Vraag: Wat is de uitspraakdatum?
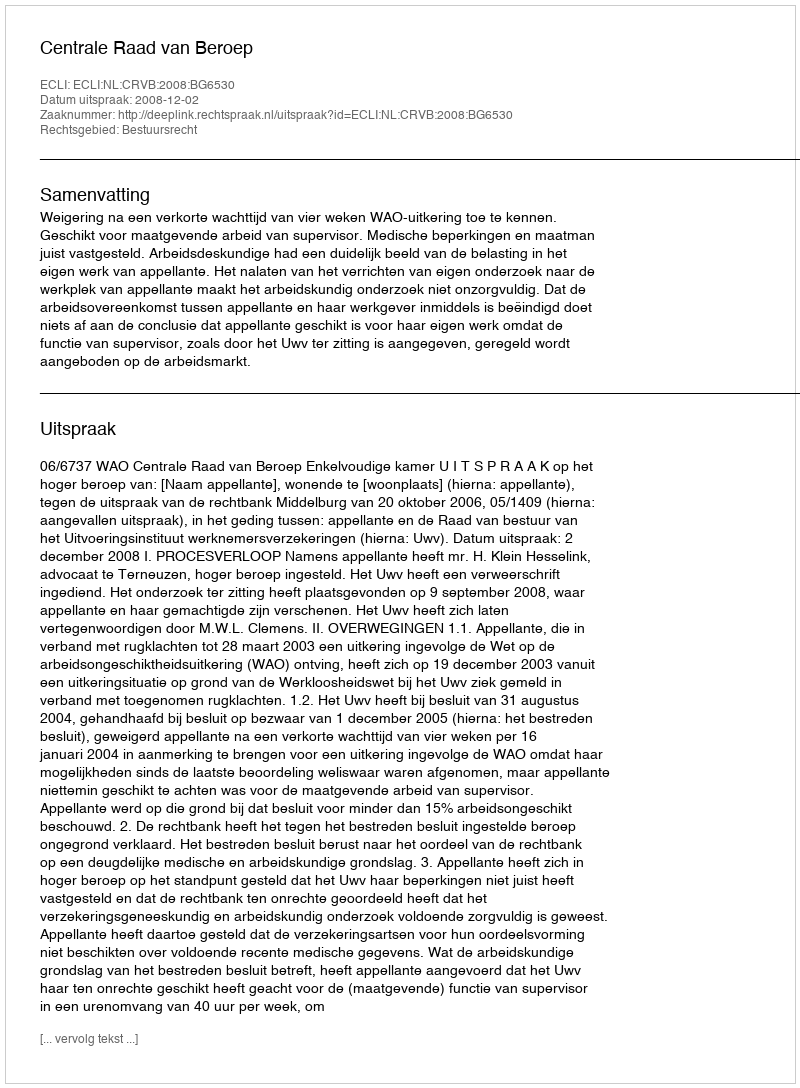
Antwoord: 2008-12-02